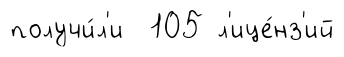
получи́л'и 105 л'ице́нз'ий